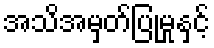
အသိအမှတ်ပြုမှုနှင့်